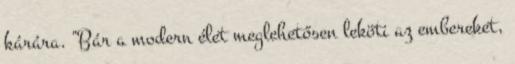
kárára. "Bár a modern élet meglehetősen leköti az embereket,